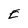
Character: E